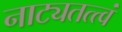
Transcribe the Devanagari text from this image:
नाट्यतत्त्वं